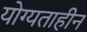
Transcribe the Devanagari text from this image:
योग्यताहीन